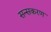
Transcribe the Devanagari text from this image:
सन्सकरण